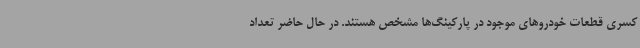
کسری قطعات خودروهای موجود در پارکینگ‌ها مشخص هستند. در حال حاضر تعداد